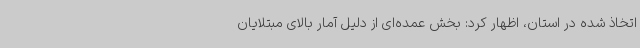
اتخاذ شده در استان، اظهار کرد: بخش عمده‌ای از دلیل آمار بالای مبتلایان